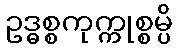
ဥဒ္ဓစ္စကုက္ကုစ္စမ္ပိ